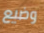
وضيع